Source: Handwritten
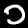
Digit: ၁ (1)